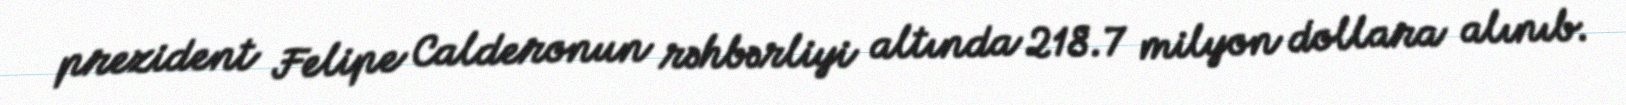
prezident Felipe Calderonun rəhbərliyi altında 218.7 milyon dollara alınıb.